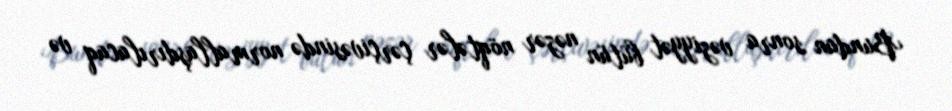
Bundan sonra vəziyyət bütün nəzər nöqtələr çərçivəsində normallaşdırılacaq və